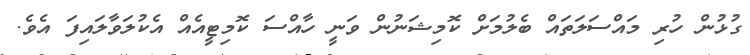
ގުޅުން ހުރި މައްސަލަތަައް ބެލުމަށް ކޮމިޝަނުން ވަނީ ހާއްސަ ކޮމިޓީއެއް އެކުލަވާލައިފަ އެވެ.